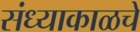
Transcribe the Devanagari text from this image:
संध्याकाळचे